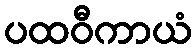
ပထဝီကာယံ